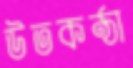
উতকন্ঠা